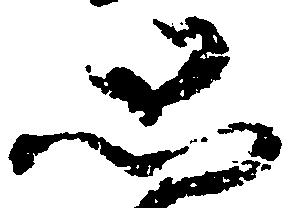
恐